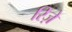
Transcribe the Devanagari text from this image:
रिज़े